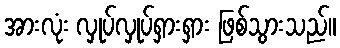
အားလုံး လှုပ်လှုပ်ရှားရှား ဖြစ်သွားသည်။